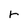
Character: r